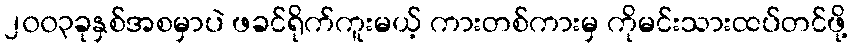
၂၀၀၃ခုနှစ်အစမှာပဲ ဖခင်ရိုက်ကူးမယ့် ကားတစ်ကားမှ ကိုမင်းသားထပ်တင်ဖို့